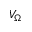
V _ { \Omega }